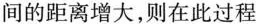
间的距离增大，则在此过程